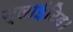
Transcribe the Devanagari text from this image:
स्लाईटिड।